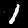
Digit: 1